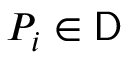
P _ { i } \in \mathsf { D }